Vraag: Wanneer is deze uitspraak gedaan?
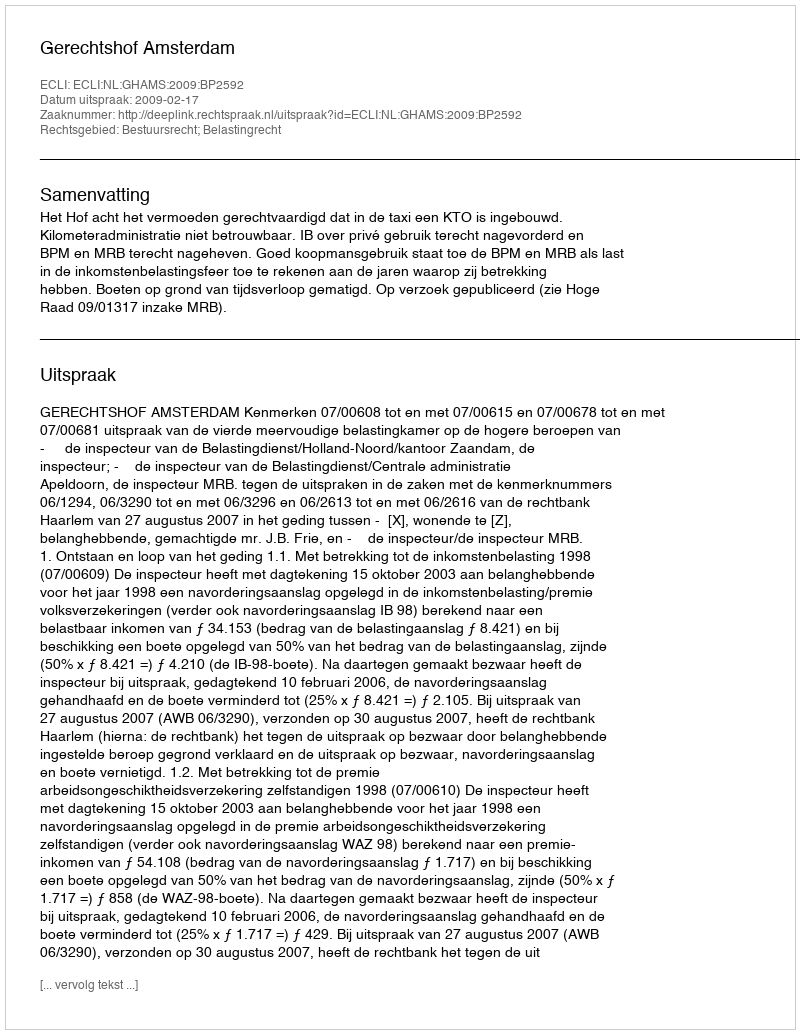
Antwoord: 2009-02-17